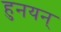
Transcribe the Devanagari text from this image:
हुनयन्